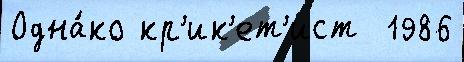
Одна́ко кр'ик'ет'ист  1986